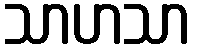
သာဟသာ